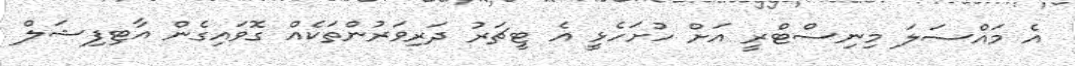
އެ މައްސަލަ މިނިސްޓްރީ އަށް ހުށަހެޅީ އެ ޓީޗަރު ދަރިވަރުންތަކެއް ގޮވައިގެން އާޓިފިޝަލް